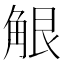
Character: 𧣢